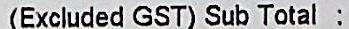
(EXCLUDED GST) SUB TOTAL :